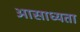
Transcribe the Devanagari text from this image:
आसाध्यता